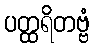
ပတ္ထရိတဗ္ဗံ